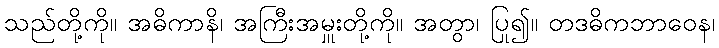
သည်တို့ကို။ အဓိကာနိ၊ အကြီးအမှူးတို့ကို။ အတွာ၊ ပြု၍။ တဒဓိကဘာဝေန၊